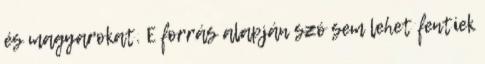
és magyarokat. E forrás alapján szó sem lehet fentiek